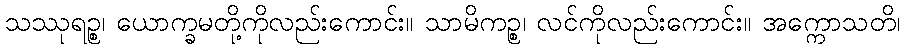
သဿုရဉ္စ၊ ယောက္ခမတို့ကိုလည်းကောင်း။ သာမိကဉ္စ၊ လင်ကိုလည်းကောင်း။ အက္ကောသတိ၊